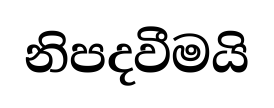
නිපදවීමයි